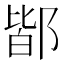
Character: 𨜡